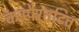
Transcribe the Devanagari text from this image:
कम्पैरतटिव